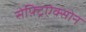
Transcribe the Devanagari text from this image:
सेफ़्ट्रिऐक्सोन